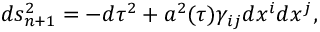
d s _ { n + 1 } ^ { 2 } = - d \tau ^ { 2 } + a ^ { 2 } ( \tau ) \gamma _ { i j } d x ^ { i } d x ^ { j } ,